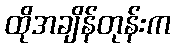
ထိုအချိန်တုန်းက